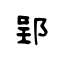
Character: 郢